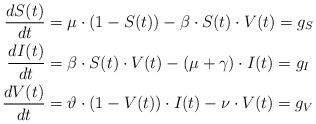
LaTeX: \begin{align*} \begin{aligned} \frac{dS(t)}{dt} &= \mu \cdot (1-S(t)) -\beta \cdot S(t) \cdot V(t) =g_S \\ \frac{dI(t)}{dt} &=\beta \cdot S(t) \cdot V(t) -(\mu+\gamma)\cdot I(t) =g_I\\ \frac{dV(t)}{dt} &=\vartheta \cdot (1-V(t)) \cdot I(t) -\nu \cdot V(t) =g_V\\ \end{aligned} \end{align*}